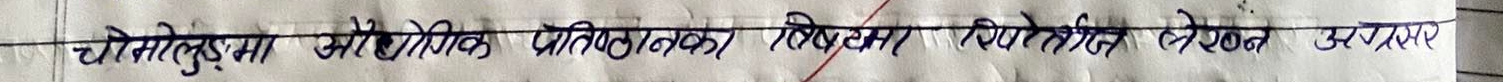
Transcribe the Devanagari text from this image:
चमोलेडमा और भौगोलिक प्रतिष्ठानका नियमित विश्लेषण उपचार